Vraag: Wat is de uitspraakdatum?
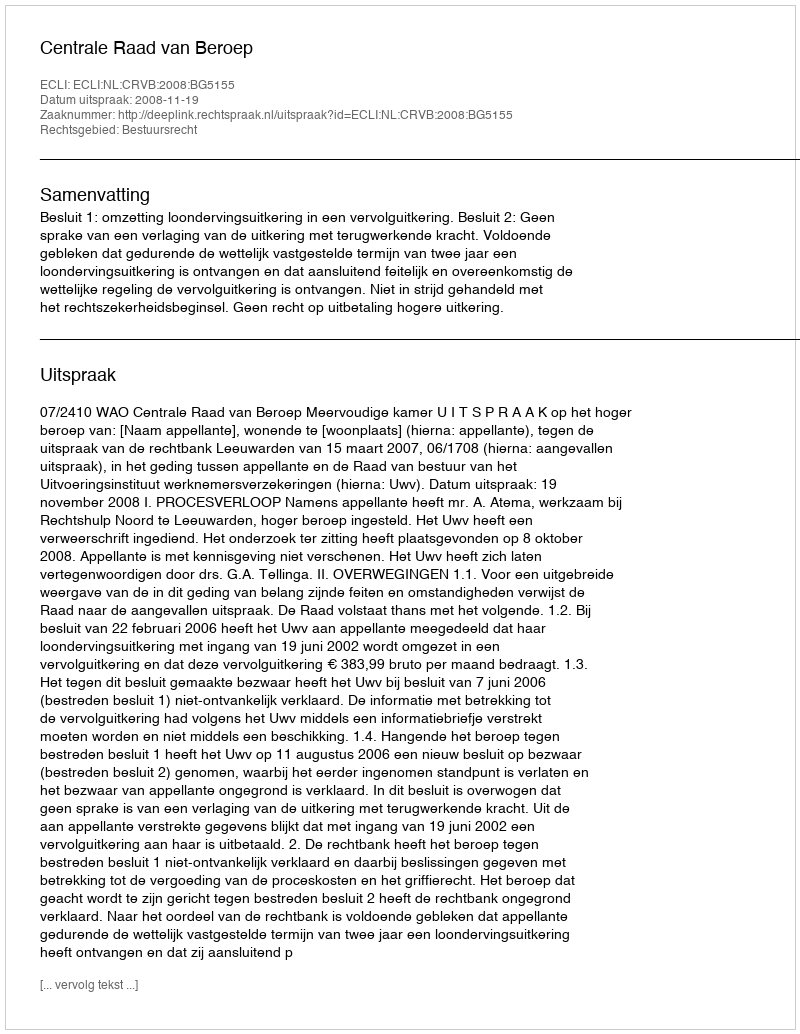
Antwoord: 2008-11-19